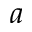
{ a }